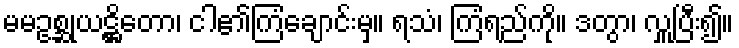
မမဥစ္ဆုယဋ္ဌိတော၊ ငါ၏ကြံချောင်းမှ။ ရသံ၊ ကြံရည်ကို။ ဒတွာ၊ လှူပြီး၍။